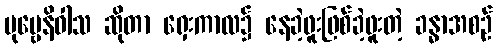
ပုဗ္ဗေနိဝါသ ဆိုတာ ရှေးကာလ၌ နေခဲ့ဖူးဖြစ်ခဲ့ဖူးတဲ့ ခန္ဓာအစဉ်